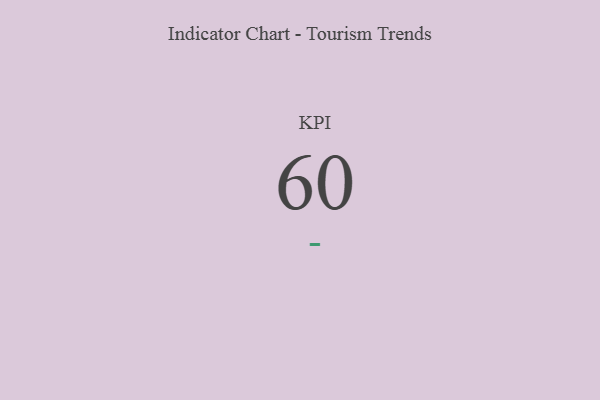
{"axis": {"x": "KPI", "y": "Value"}, "legend": [""], "data": [{"x": "KPI", "y": 60, "type": ""}]}